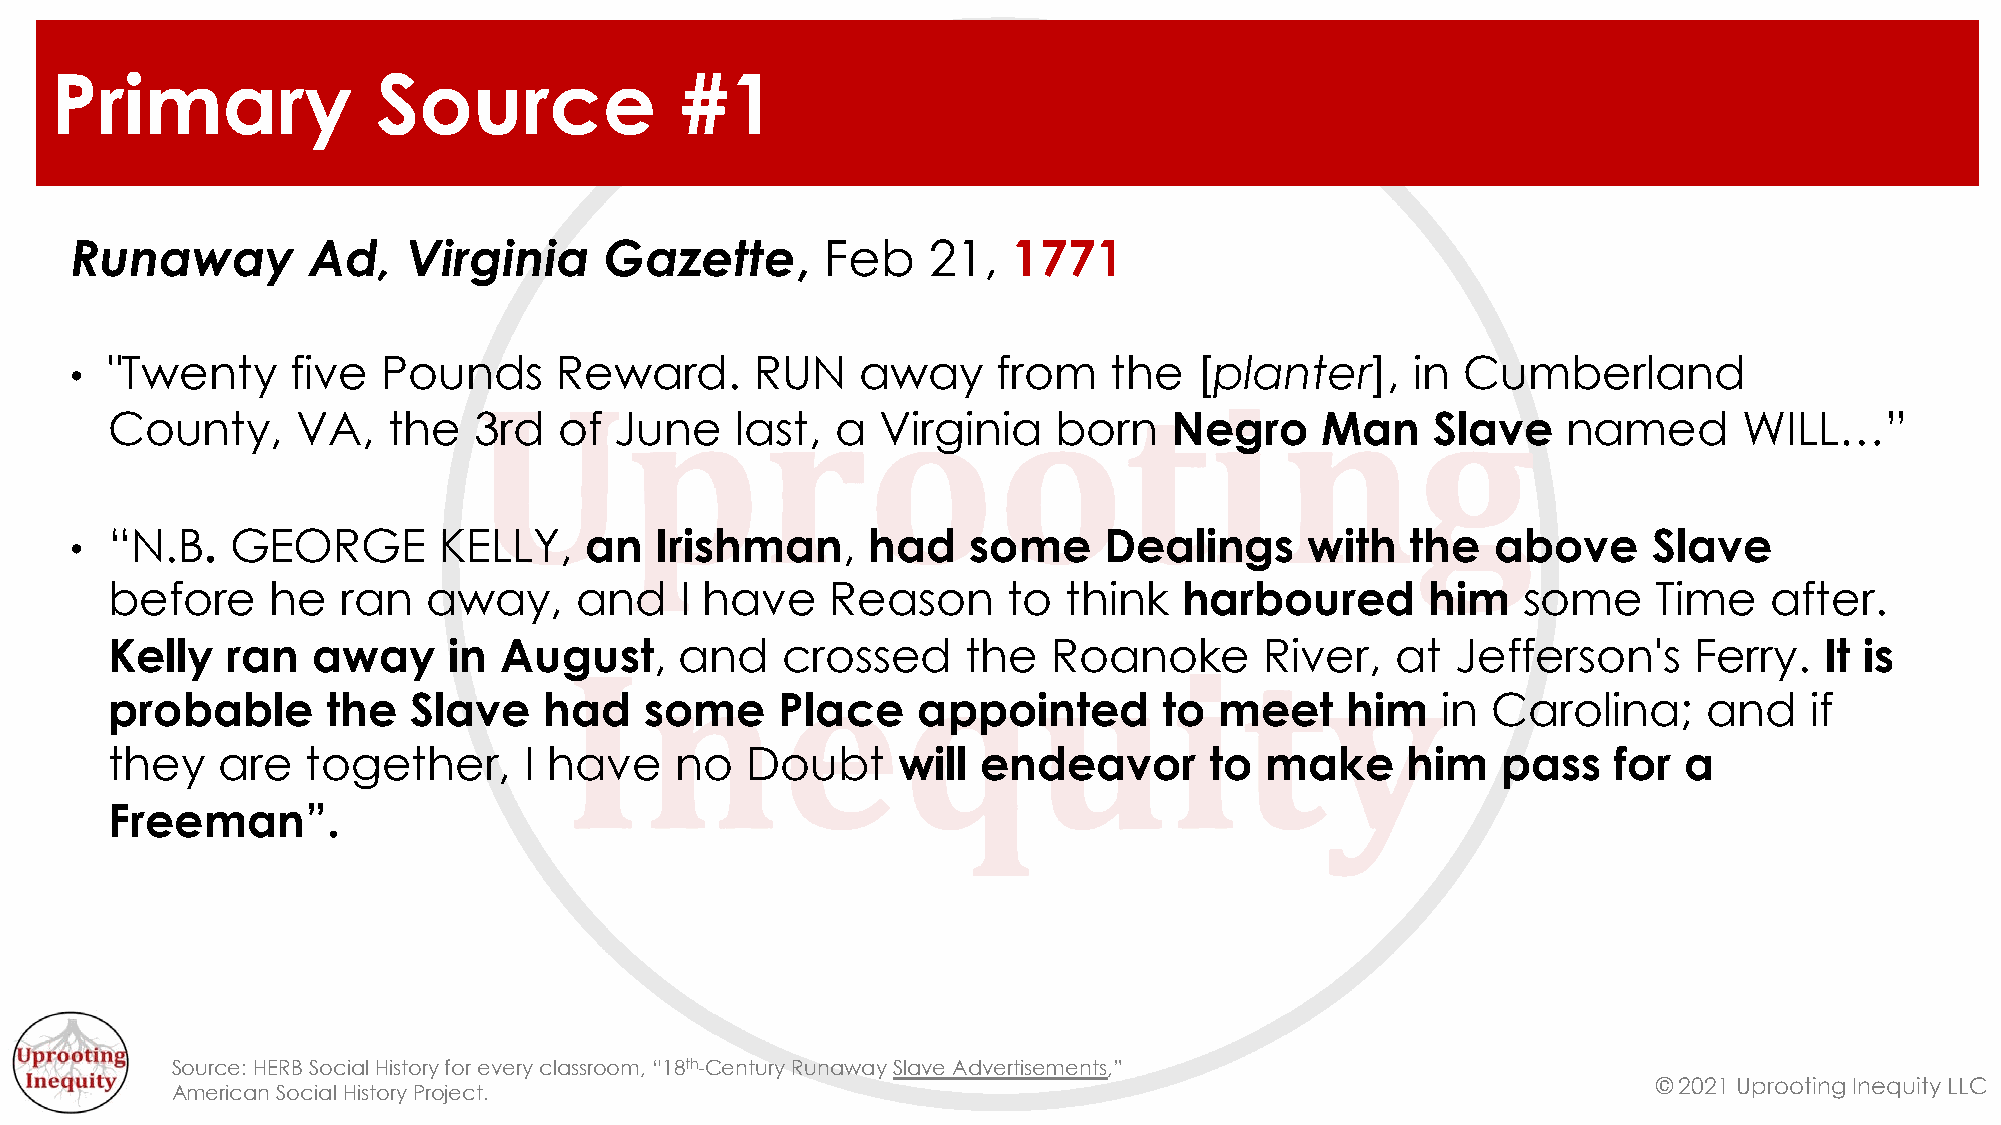
Primary               Source              #1
 Runaway        Ad,    Virginia     Gazette,       Feb   21,   1771
 • "Twenty     five  Pounds      Reward.      RUN    away     from   the   [planter],     in Cumberland
 County,      VA,   the  3rd   of  June    last, a  Virginia    born   Negro     Man     Slave    named      WILL…”
 • “N.B.   GEORGE        KELLY,    an  Irishman,     had    some     Dealings      with  the   above     Slave
 before     he   ran  away,     and    I have    Reason      to  think  harboured        him   some     Time   after.
 Kelly   ran   away     in August,     and    crossed     the   Roanoke       River,  at  Jefferson's     Ferry.   It is
 probable       the  Slave    had    some     Place    appointed       to  meet    him   in  Carolina;     and    if
 they   are   together,      I have    no  Doubt     will  endeavor       to  make     him   pass    for a
 Freeman”.
 Source: HERB Social History for every classroom, “18th-Century Runaway Slave Advertisements,”
 © 2021 Uprooting Inequity LLC
 American Social History Project.